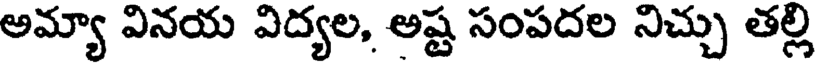
అమ్యా వినయ విద్యల, అష్ట సంపదల నిచ్చు తల్లి